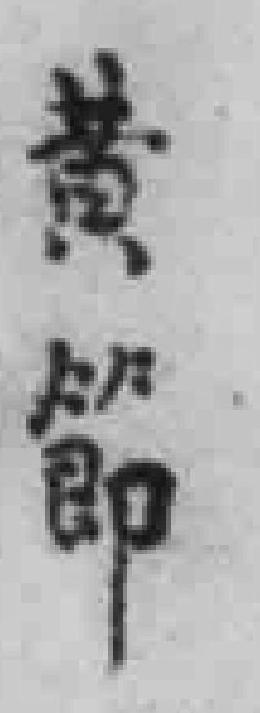
黄節